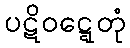
ပဋိဝဋ္ဋေတုံ